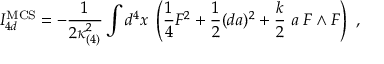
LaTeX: I _ { 4 d } ^ { \mathrm { M C S } } = - { \frac { 1 } { 2 \kappa _ { ( 4 ) } ^ { 2 } } } \int d ^ { 4 } x \; \left( { \frac { 1 } { 4 } } F ^ { 2 } + { \frac { 1 } { 2 } } ( d a ) ^ { 2 } + { \frac { k } { 2 } } \; a \; F \wedge F \right) \ ,